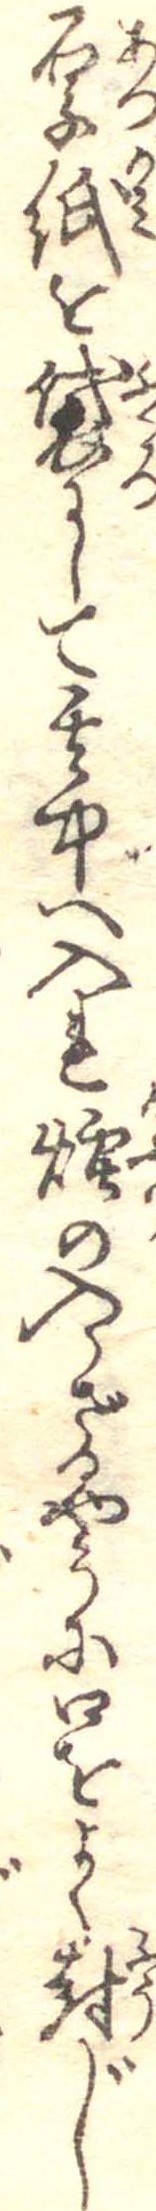
厚紙を袋にして其中へ入れ煙の入らざるやうに口をよく封じ